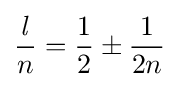
{{\mathit {l}} \over n}={1 \over 2}\pm {1 \over 2n}